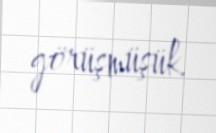
görüşmüşük.